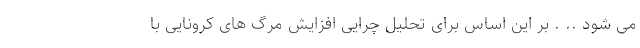
می شود .. . بر این اساس برای تحلیل چرایی افزایش مرگ های کرونایی با